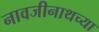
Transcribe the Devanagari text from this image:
नावजीनाथच्या